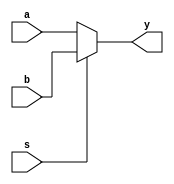
module multiplexer (a, b, s, y);
    input a, b, s;
    output y;

    assign y = (s == 1'b0) ? a : b;

endmodule

module testbench;
    reg a, b, s;
    wire y;
    
    initial
        begin
            $monitor("a:%b b:%b s:%b, y=%b", a, b, s, y);
            
            a <= 0;
            b <= 0;
            s <= 0;
            #7 $finish;
        end

    always #1 a <= a + 1;
    always #2 b <= b + 1;
    always #4 s <= s + 1;

    multiplexer inst0 (a, b, s, y);
endmodule